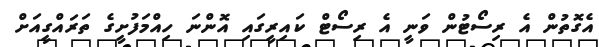
އެގޮތުން އެ ރިސޯޓުން ވަނީ އެ ރިސޯޓް ކައިރީގައި އޮންނަ ހިއްމަފުށީގެ ތަރައްގީއަށް